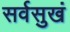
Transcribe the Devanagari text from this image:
सर्वसुखं